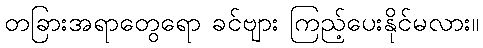
တခြားအရာတွေရော ခင်ဗျား ကြည့်ပေးနိုင်မလား။